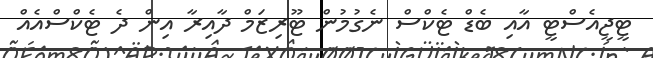
ޓީޖީއެސްޓީ އާއި ބެޑް ޓެކްސް ނެގުމުން ޓޫރިޒަމް ދާއިރާ އިން ދެ ޓެކްސްއެއް